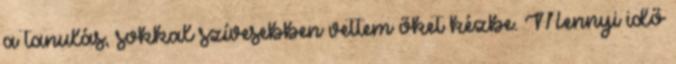
a tanulás, sokkal szívesebben vettem őket kézbe. Mennyi idő